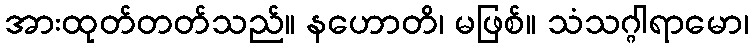
အားထုတ်တတ်သည်။ နဟောတိ၊ မဖြစ်။ သံသဂ္ဂါရာမော၊